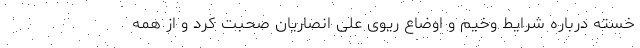
خسته درباره شرایط وخیم و اوضاع ریوی علی انصاریان صحبت کرد و از همه